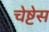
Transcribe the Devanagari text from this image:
चेष्टेस